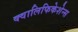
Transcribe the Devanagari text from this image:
क्वालिफिकेशेन्स